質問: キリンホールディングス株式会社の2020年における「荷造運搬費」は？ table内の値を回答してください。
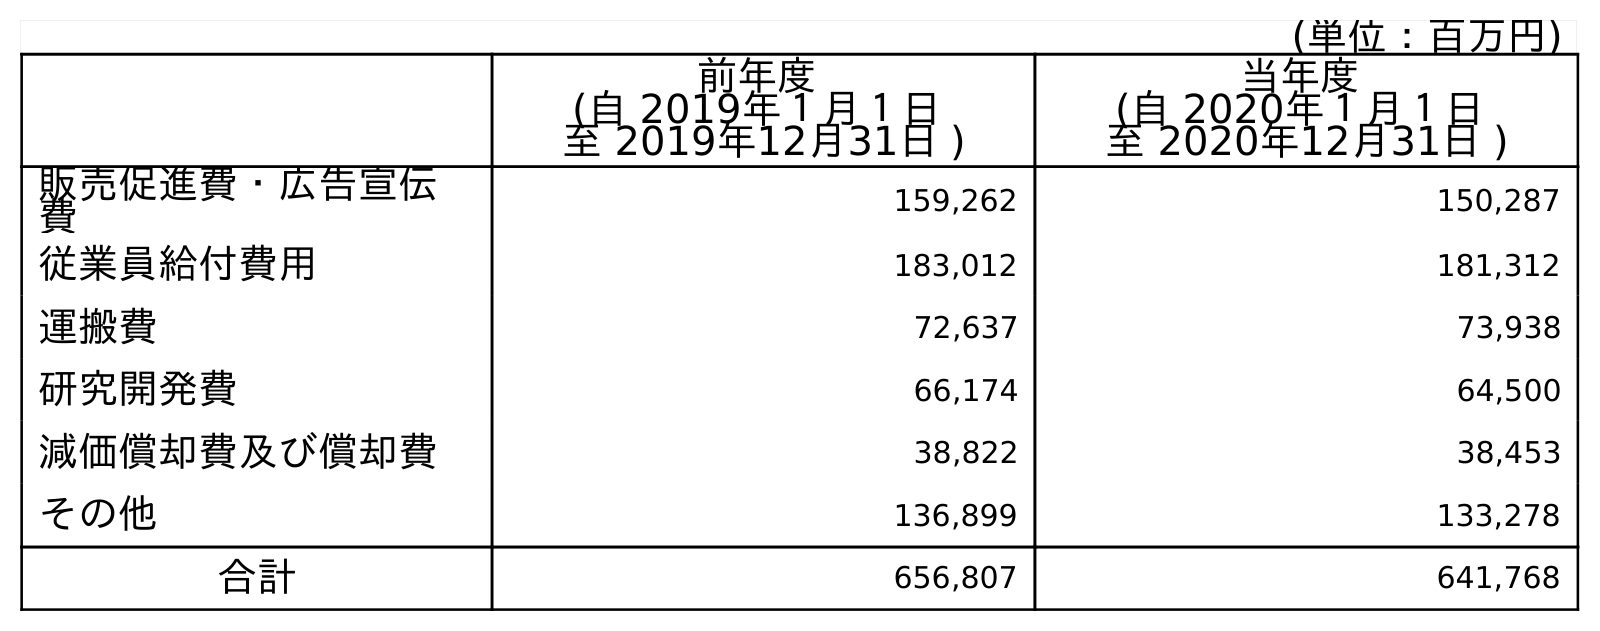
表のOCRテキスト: (単位：百万円) 前年度 (自 2019年１月１日 至 2019年12月31日 ) 当年度 (自 2020年１月１日 至 2020年12月31日 ) 販売促進費・広告宣伝 費 159,262 150,287 従業員給付費用 183,012 181,312 運搬費 72,637 73,938 研究開発費 66,174 64,500 減価償却費及び償却費 38,822 38,453 その他 136,899 133,278 合計 656,807 641,768
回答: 73,938